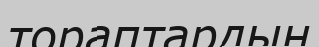
тораптардың